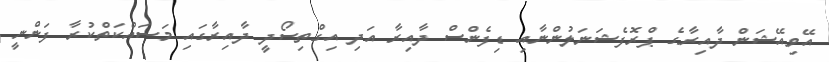
އޭވިއޭޝަން ދާއިރާގެ ޕްރޮފެޝަނަލުންނާއި ޑިފެންސް ދާއިރާ އަދި އިގްތިސޯދީ ދާއިރާގައި މަސައްކަތްކުރާ ފަންނީ